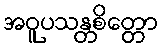
အဝူပသန္တစိတ္တော